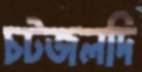
চটজলদি